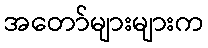
အတော်များများက